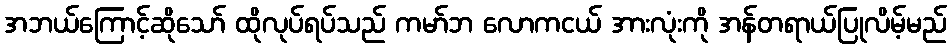
အဘယ်ကြောင့်ဆိုသော် ထိုလုပ်ရပ်သည် ကမာ်ဘ လောကငယ် အားလုံးကို အန်တရာယ်ပြုလိမ့်မည်